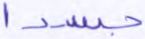
جسدا